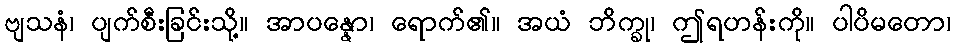
ဗျသနံ၊ ပျက်စီးခြင်းသို့။ အာပန္နော၊ ရောက်၏။ အယံ ဘိက္ခု၊ ဤရဟန်းကို။ ပါပိမတော၊